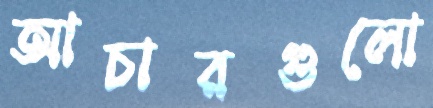
আচারগুলো